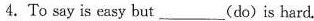
4. To say is easy but___(do)is hard.